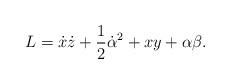
LaTeX: \begin{align*}L=\dot{x}\dot{z}+\frac{1}{2}\dot{\alpha}^2+xy+\alpha\beta.\end{align*}